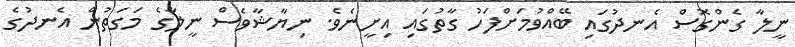
ނީލާ ގެންގޮސް އެނދުގައި ބޭއްވުމަށްފަހު ގާތުގައި އިށީނެވެ. ނިޔާޝާވެސް ނީލާގެ މަގަތުން އެނދުގެ